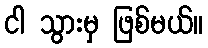
ငါ သွားမှ ဖြစ်မယ်။